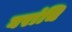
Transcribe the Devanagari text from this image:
घरांचि